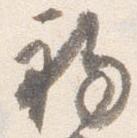
初